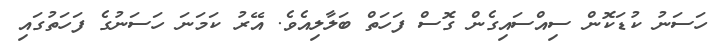
ހަސަނު ކުޑަކޮން ސިއްސައިގެން ގޮސް ފަހަތް ބަލާލިއެވެ. އޭރު ކަމަނަ ހަސަނުގެ ފަހަތުގައި